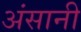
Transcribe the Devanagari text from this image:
अंसानी